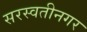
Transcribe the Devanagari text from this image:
सरस्वतीनगर